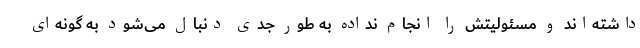
داشته‌اند و مسئولیتش را انجام نداده به طور جدی دنبال می‌شود به گونه‌ای